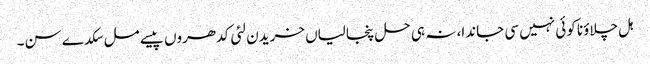
ہل چلاؤنا کوئی نہیں سی جاندا، نہ ہی حل پنجالیاں خریدن لئی کدھروں پیسے مل سکدے سن۔